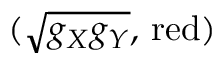
( \sqrt { g _ { X } g _ { Y } } , \, \mathrm { r e d } )